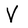
Character: V